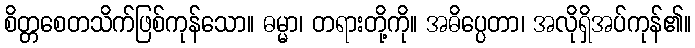
စိတ္တစေတသိက်ဖြစ်ကုန်သော။ ဓမ္မာ၊ တရားတို့ကို။ အဓိပ္ပေတာ၊ အလိုရှိအပ်ကုန်၏။